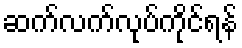
ဆက်လက်လုပ်ကိုင်ရန်